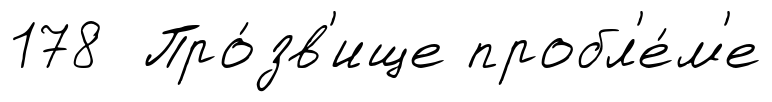
178 Про́зв'ище пробл'е́м'е